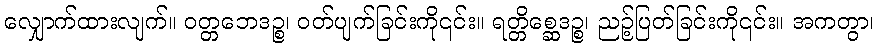
လျှောက်ထားလျက်။ ဝတ္တဘေဒဉ္စ၊ ဝတ်ပျက်ခြင်းကို၎င်း။ ရတ္တိစ္ဆေဒဉ္စ၊ ညဉ့်ပြတ်ခြင်းကို၎င်း။ အကတွာ၊